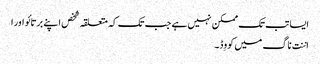
ایسا تب تک ممکن نہیں ہے جب تک کہ متعلقہ شخص اپنے برتائو اور ا
اننت ناگ میں کووِڈ۔